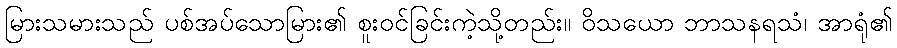
မြားသမားသည် ပစ်အပ်သောမြား၏ စူးဝင်ခြင်းကဲ့သို့တည်း။ ဝိသယော ဘာသနရသံ၊ အာရုံ၏